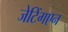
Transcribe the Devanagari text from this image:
जेटिंगएन